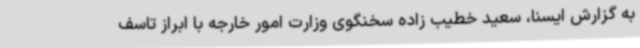
به گزارش ایسنا، سعید خطیب زاده سخنگوی وزارت امور خارجه با ابراز تاسف